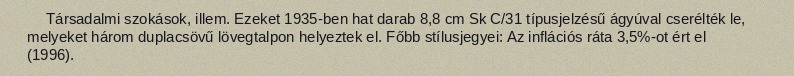
Társadalmi szokások, illem. Ezeket 1935-ben hat darab 8,8 cm Sk C/31 típusjelzésű ágyúval cserélték le, melyeket három duplacsövű lövegtalpon helyeztek el. Főbb stílusjegyei: Az inflációs ráta 3,5%-ot ért el (1996).